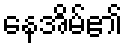
နေအိမ်၏